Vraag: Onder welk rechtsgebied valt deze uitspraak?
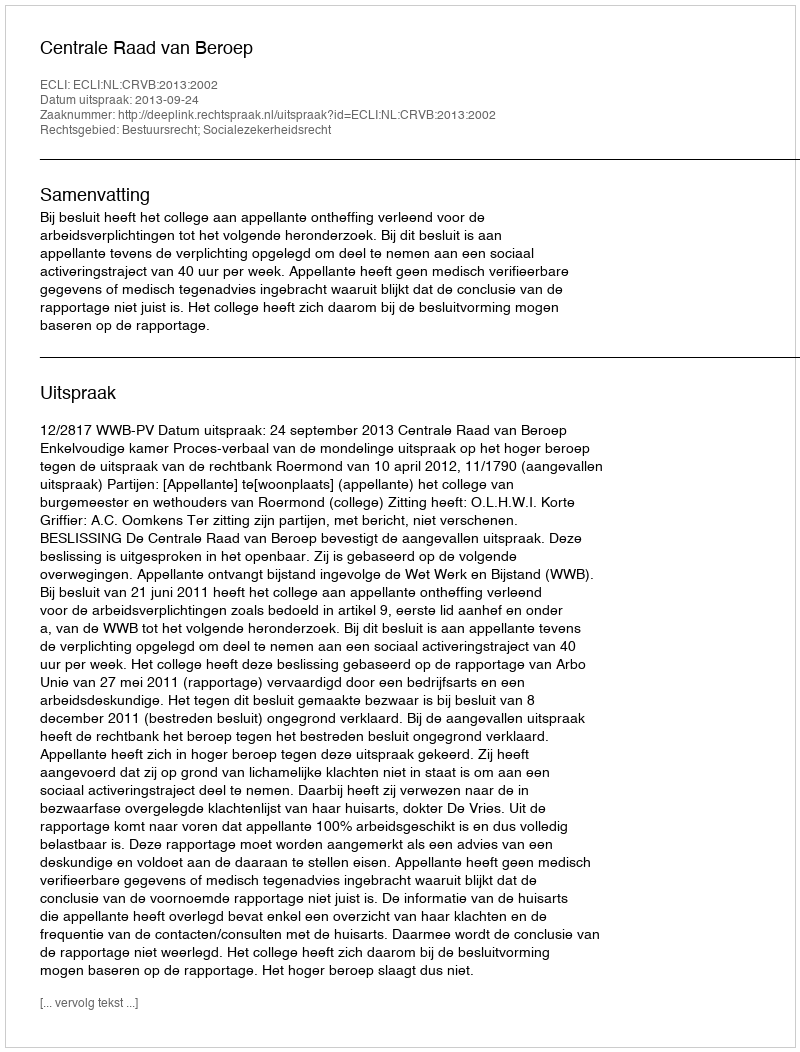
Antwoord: Bestuursrecht; Socialezekerheidsrecht